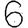
Digit: 6